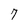
Character: 7